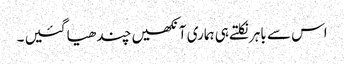
اس سے باہر نکلتے ہی ہماری آنکھیں چندھیا گئیں ۔